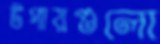
উপায়গুলো